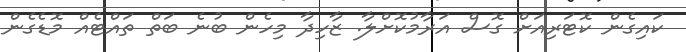
ކައިގެން ކޮޓަރިއަށް ގޮސް އަރާމުކޮށްލާ. ޒާހިދާ މިހެން ބުނެ ބަތް ތައްޓެއް މޮޑެގެން